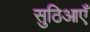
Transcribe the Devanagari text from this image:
सुठिआएँ